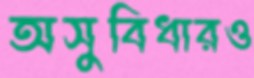
অসুবিধারও